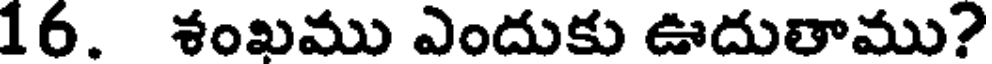
16. శంఖము ఎందుకు ఊదుతాము?